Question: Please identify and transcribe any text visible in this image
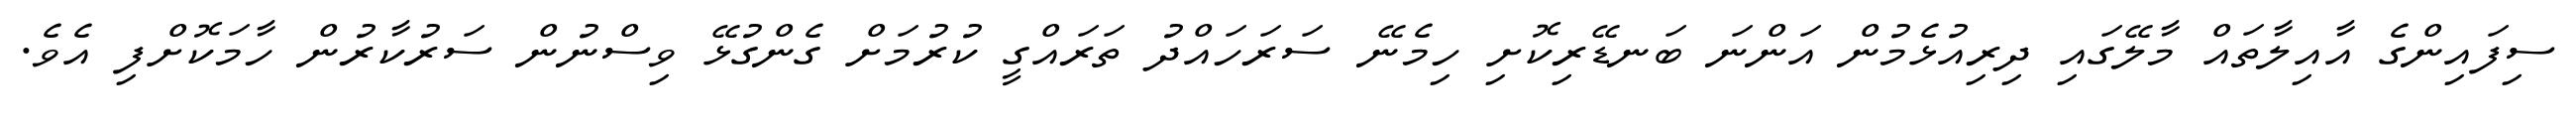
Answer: ސިފައިންގެ އާއިލާތައް މާލޭގައި ދިރިއުޅެމުން އަންނަ ބަނޑޭރިކޮށި ހިމެނޭ ސަރަހައްދު ތަރައްގީ ކުރުމަށް ގެންގުޅޭ ވިސްނުން ސަރުކާރުން ހާމަކޮށްފި އެވެ.